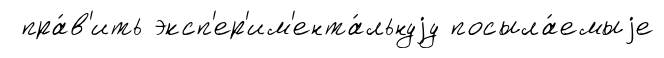
пра́в'ить эксп'ер'им'ента́льнуjу посыла́емыjе